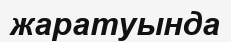
жаратуында